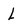
Character: L